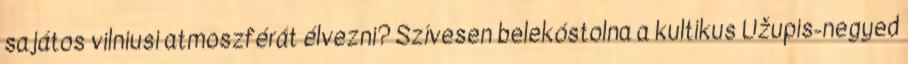
sajátos vilniusi atmoszférát élvezni? Szívesen belekóstolna a kultikus Užupis-negyed